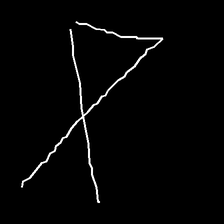
Glyph: collection